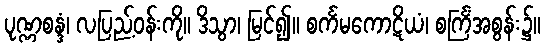
ပုဏ္ဏစန္ဒံ၊ လပြည့်ဝန်းကို။ ဒိသွာ၊ မြင်၍။ စင်္ကမကောဋိယံ၊ စင်္ကြံအစွန်း၌။